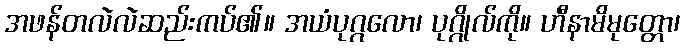
အဖန်တလဲလဲဆည်းကပ်၏။ အယံပုဂ္ဂလော၊ ပုဂ္ဂိုလ်ကို။ ဟီနာမိမုတ္တော၊